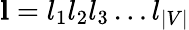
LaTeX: \mathbf{l}=l_{1}l_{2}l_{3}\ldots l_{|V|}